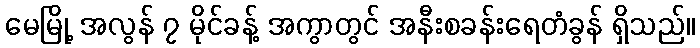
မေမြို့ အလွန် ၇ မိုင်ခန့် အကွာတွင် အနီးစခန်းရေတံခွန် ရှိသည်။